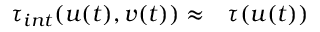
\begin{array} { r l } { \boldsymbol { \tau } _ { i n t } ( \boldsymbol { u } ( t ) , \boldsymbol { v } ( t ) ) \approx } & { { } \boldsymbol { \tau } ( \boldsymbol { u } ( t ) ) } \end{array}